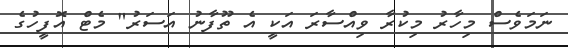
ނަމަވެސް މިހާރު މިކުރާ ވިއްސާރަ އަކީ އެ ތޫފާނު އަސަރު" މެޓް އޮފީހުގެ